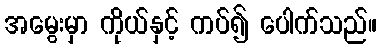
အမွေးမှာ ကိုယ်နှင့် ကပ်၍ ပေါက်သည်။